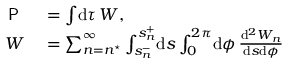
\begin{array} { r l } { \textsf { P } } & { { } = \int \! \mathrm { d } \tau \, W , } \\ { W } & { { } = \sum _ { n = n ^ { \star } } ^ { \infty } \int _ { s _ { n } ^ { - } } ^ { s _ { n } ^ { + } } \! \mathrm { d } s \int _ { 0 } ^ { 2 \pi } \! \mathrm { d } \phi \, \frac { \mathrm { d } ^ { 2 } W _ { n } } { \mathrm { d } s \mathrm { d } \phi } } \end{array}